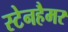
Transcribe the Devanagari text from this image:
स्टेनहैमर